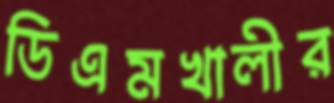
ডিএমখালীর